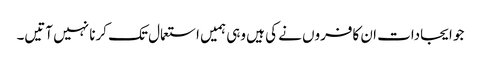
جو ایجادات ان کافروں نے کی ہیں وہی ہمیں استعمال تک کرنا نہیں آتیں۔